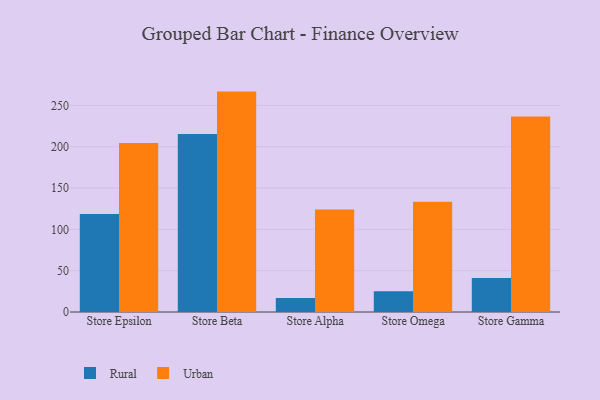
{"axis": {"x": "Store", "y": "Net Income (USD K)"}, "legend": ["Rural", "Urban"], "data": [{"x": "Store Epsilon", "y": 118.5, "type": "Rural"}, {"x": "Store Epsilon", "y": 204.4, "type": "Urban"}, {"x": "Store Beta", "y": 215.3, "type": "Rural"}, {"x": "Store Beta", "y": 266.7, "type": "Urban"}, {"x": "Store Alpha", "y": 17.0, "type": "Rural"}, {"x": "Store Alpha", "y": 124.0, "type": "Urban"}, {"x": "Store Omega", "y": 25.0, "type": "Rural"}, {"x": "Store Omega", "y": 133.4, "type": "Urban"}, {"x": "Store Gamma", "y": 41.2, "type": "Rural"}, {"x": "Store Gamma", "y": 236.6, "type": "Urban"}]}